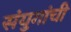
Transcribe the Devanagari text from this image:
संयुगांची